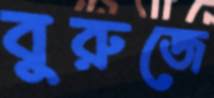
বুরুজে